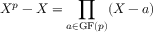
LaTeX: X ^ { p } - X = \prod _ { a \in \mathrm { { G F } } ( p ) } ( X - a )